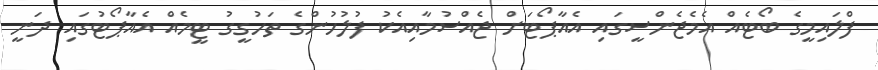
ފްލައިމީގެ ބޯޓެއް އެމެޖެންސީގައި އެއާޕޯޓަށް ޖެއްސުމާއިއެކު ފުލުހުންގެ ތަހުގީގު ޓީމެއް އެއާޕޯޓުގައި ދަނީ